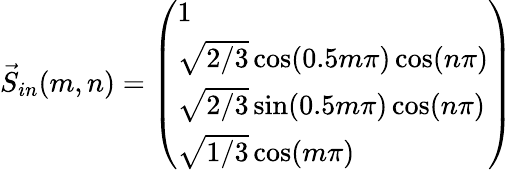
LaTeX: \vec{S}_{in}(m,n)=\left(\begin{array}{l}{1}\\ {\sqrt{2/3}\cos(0.5m\pi)\cos(n\pi)}\\ {\sqrt{2/3}\sin(0.5m\pi)\cos(n\pi)}\\ {\sqrt{1/3}\cos(m\pi)}\end{array}\right)